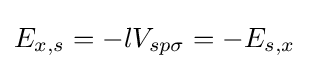
E_{x,s}=-lV_{sp\sigma }=-E_{s,x}